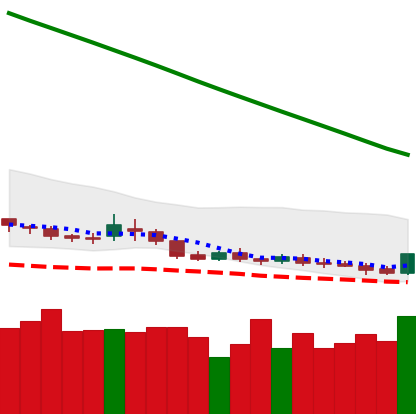
Ticker: DOGE-USD
Chart end date: 2019-02-08
Forward return: -3.221%
Label: down_3_5